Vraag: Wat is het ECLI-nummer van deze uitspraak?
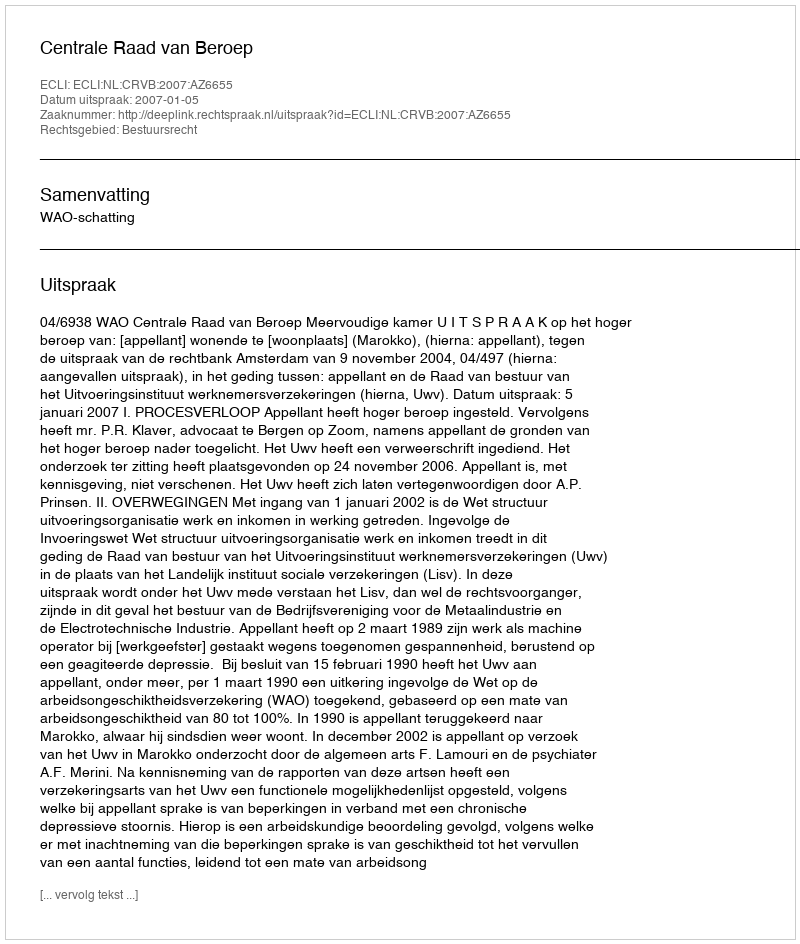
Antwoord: ECLI:NL:CRVB:2007:AZ6655